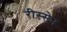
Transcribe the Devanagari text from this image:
रीस्सेन